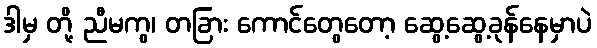
ဒါမှ တို့ ညီမကွ၊ တခြား ကောင်တွေတော့ ဆွေ့ဆွေ့ခုန်နေမှာပဲ